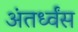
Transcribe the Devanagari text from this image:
अंतर्ध्वंस